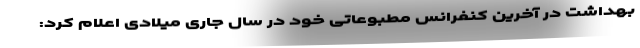
بهداشت در آخرین کنفرانس مطبوعاتی خود در سال جاری میلادی اعلام کرد: